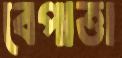
বেপাত্তা